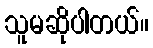
သူမဆိုပါတယ်။